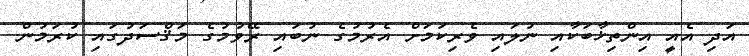
އަދި އެއީ އިންތިޚާބަކާއި ނުލައި ވެރިކަމަށް އެރުމުގެ ނުބައި ރޭވުމުގެ މަޤްސަދުގައި ކުރަމުން